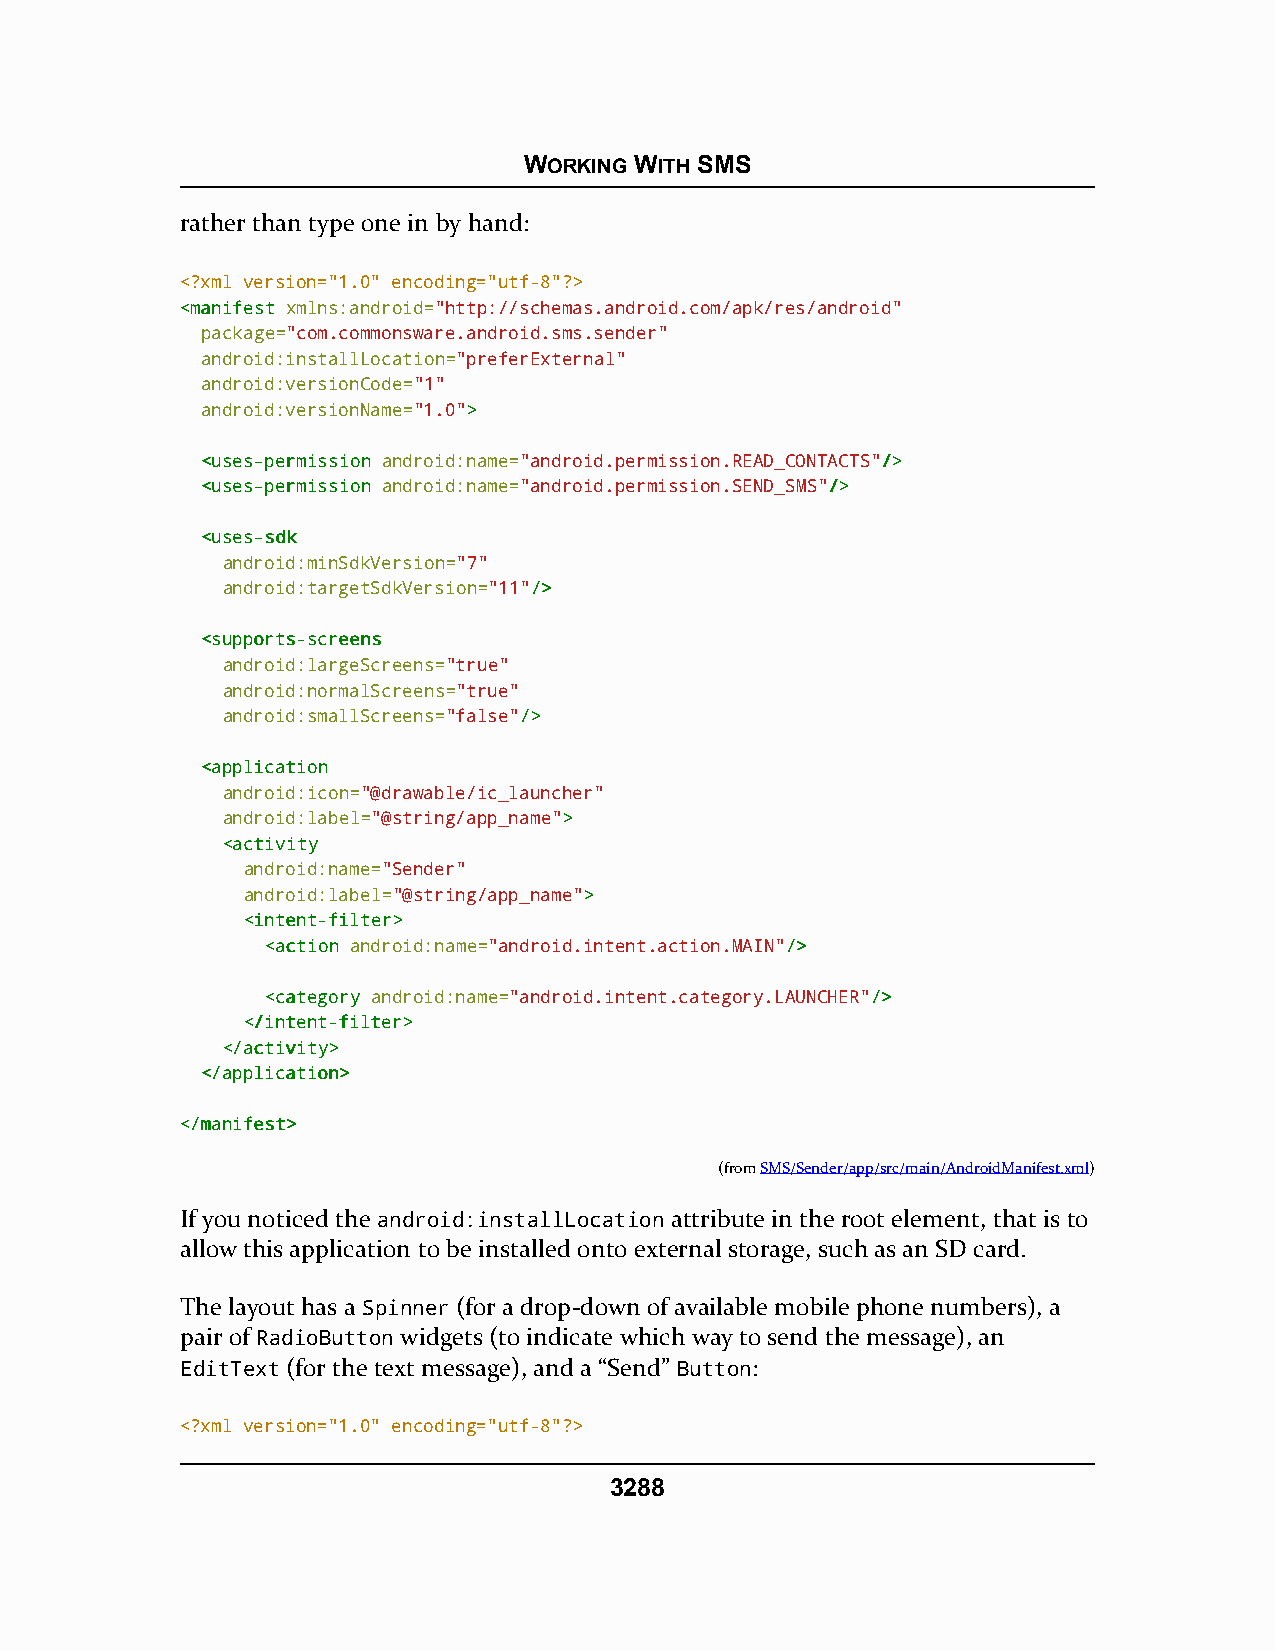
WORKING WITH SMS
 rather than type one in by hand:
 <?xml version="1.0" encoding="utf-8"?>
 <<mmaanniiffeesstt xmlns:android="http://schemas.android.com/apk/res/android"
 package="com.commonsware.android.sms.sender"
 android:installLocation="preferExternal"
 android:versionCode="1"
 android:versionName="1.0">>
 <<uusseess--ppeerrmmiissssiioonn android:name="android.permission.READ_CONTACTS"//>>
 <<uusseess--ppeerrmmiissssiioonn android:name="android.permission.SEND_SMS"//>>
 <<uusseess--ssddkk
 android:minSdkVersion="7"
 android:targetSdkVersion="11"//>>
 <<ssuuppppoorrttss--ssccrreeeennss
 android:largeScreens="true"
 android:normalScreens="true"
 android:smallScreens="false"//>>
 <<aapppplliiccaattiioonn
 android:icon="@drawable/ic_launcher"
 android:label="@string/app_name">>
 <<aaccttiivviittyy
 android:name="Sender"
 android:label="@string/app_name">>
 <<iinntteenntt--ffiilltteerr>>
 <<aaccttiioonn android:name="android.intent.action.MAIN"//>>
 <<ccaatteeggoorryy android:name="android.intent.category.LAUNCHER"//>>
 <<//iinntteenntt--ffiilltteerr>>
 <<//aaccttiivviittyy>>
 <<//aapppplliiccaattiioonn>>
 <<//mmaanniiffeesstt>>
 (fromSMS/Sender/app/src/main/AndroidManifest.xml)
 If you noticed the android:installLocation attribute in the root element, that is to
 allow this application to be installed onto external storage, such as an SD card.
 The layout has a Spinner (for a drop-down of available mobile phone numbers), a
 pair of RadioButton widgets (to indicate which way to send the message), an
 EditText (for the text message), and a “Send” Button:
 <?xml version="1.0" encoding="utf-8"?>
 3288